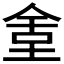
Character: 𡌫